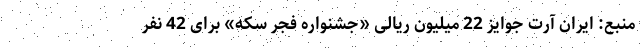
منبع: ایران آرت جوایز 22 میلیون ریالی «جشنواره فجر سکه» برای 42 نفر